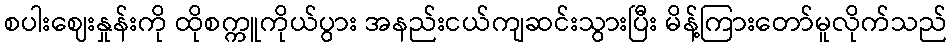
စပါးဈေးနှုန်းကို ထိုစက္ကူကိုယ်ပွား အနည်းငယ်ကျဆင်းသွားပြီး မိန့်ကြားတော်မူလိုက်သည်